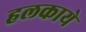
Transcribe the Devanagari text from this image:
हलकाये